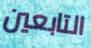
التابعين